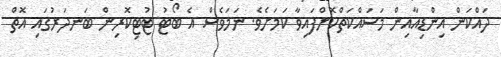
ދައްކަން އިންޑިއާއިން މަސައްކަތްކޮށްފައިވާ ކަމަށެވެ. ނަމަވެސް އެ ބޯޓު ޓުޓިކޮރިން ބަނދަރުގައި އޮތް